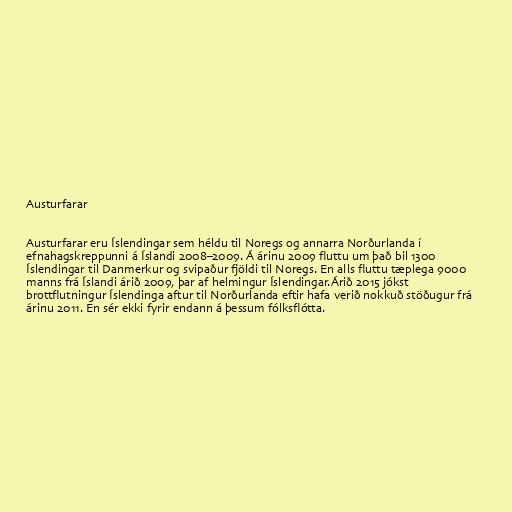
Austurfarar

Austurfarar eru Íslendingar sem héldu til Noregs og annarra Norðurlanda í
efnahagskreppunni á Íslandi 2008–2009. Á árinu 2009 fluttu um það bil 1300
Íslendingar til Danmerkur og svipaður fjöldi til Noregs. En alls fluttu tæplega 9000
manns frá Íslandi árið 2009, þar af helmingur Íslendingar.Árið 2015 jókst
brottflutningur Íslendinga aftur til Norðurlanda eftir hafa verið nokkuð stöðugur frá
árinu 2011. En sér ekki fyrir endann á þessum fólksflótta.